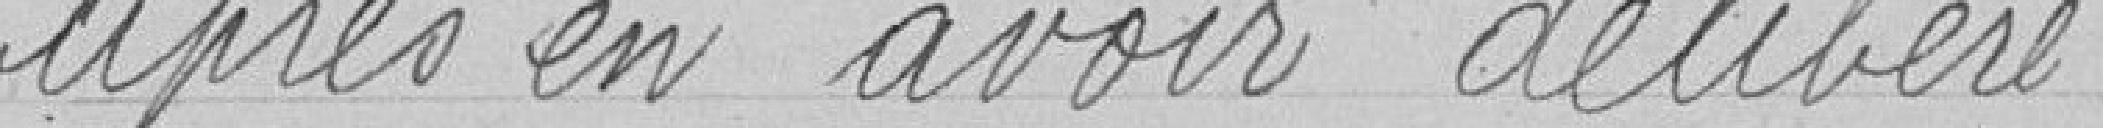
Après en avoir délibéré,